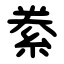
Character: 絭